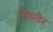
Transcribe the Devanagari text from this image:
मोण्डेर